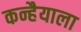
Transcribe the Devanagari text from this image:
कन्हैयाला